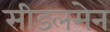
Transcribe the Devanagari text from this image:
सीडलमेन